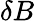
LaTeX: {\mathbf\delta B}